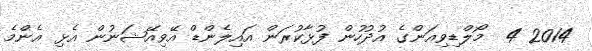
2014 4  މޯލްޑިވިއަންގެ އުދުހުން ފުޅާކުރަން އައިލެންޑް އޭވިއޭޝަނުން އެޅި އެންމެ